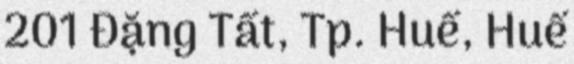
201 Đặng Tất, Tp. Huế, Huế